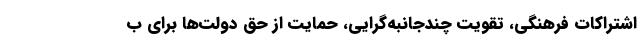
اشتراکات فرهنگی، تقویت چندجانبه‌گرایی، حمایت از حق دولت‌ها برای ب